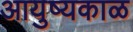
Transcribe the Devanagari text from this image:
आयुष्यकाळ